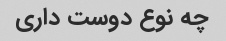
چه نوع دوست داری